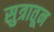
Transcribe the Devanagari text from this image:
सुत्रातून